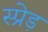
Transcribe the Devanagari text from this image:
स्प्रेड़